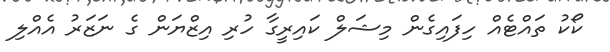
ކޯކު ތައްޓެއް ހިފައިގެން މިޝަލް ކައިރީގާ ހުރި އިޒްޔަން ގެ ނަޒަރު އެއްލި